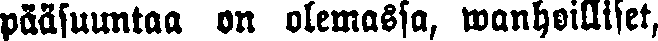
pääsuuntaa on olemassa, wanhoilliset,